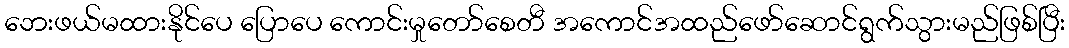
ဘေးဖယ်မထားနိုင်ပေ ပြောပေ ကောင်းမှုတော်စေတီ အကောင်အထည်ဖော်ဆောင်ရွက်သွားမည်ဖြစ်ပြီး